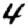
Digit: 4